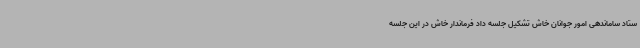
ستاد ساماندهی امور جوانان خاش تشکیل جلسه داد فرماندار خاش در این جلسه